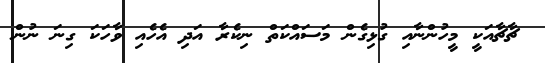
ޗާޗާއަކީ މީހުންނާއި ގުޅިގެން މަސައްކަތް ނިކެރާ އަދި އެހެއި ވާހަކަ ގިނަ ނުން